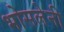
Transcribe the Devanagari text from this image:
भोसलेनी